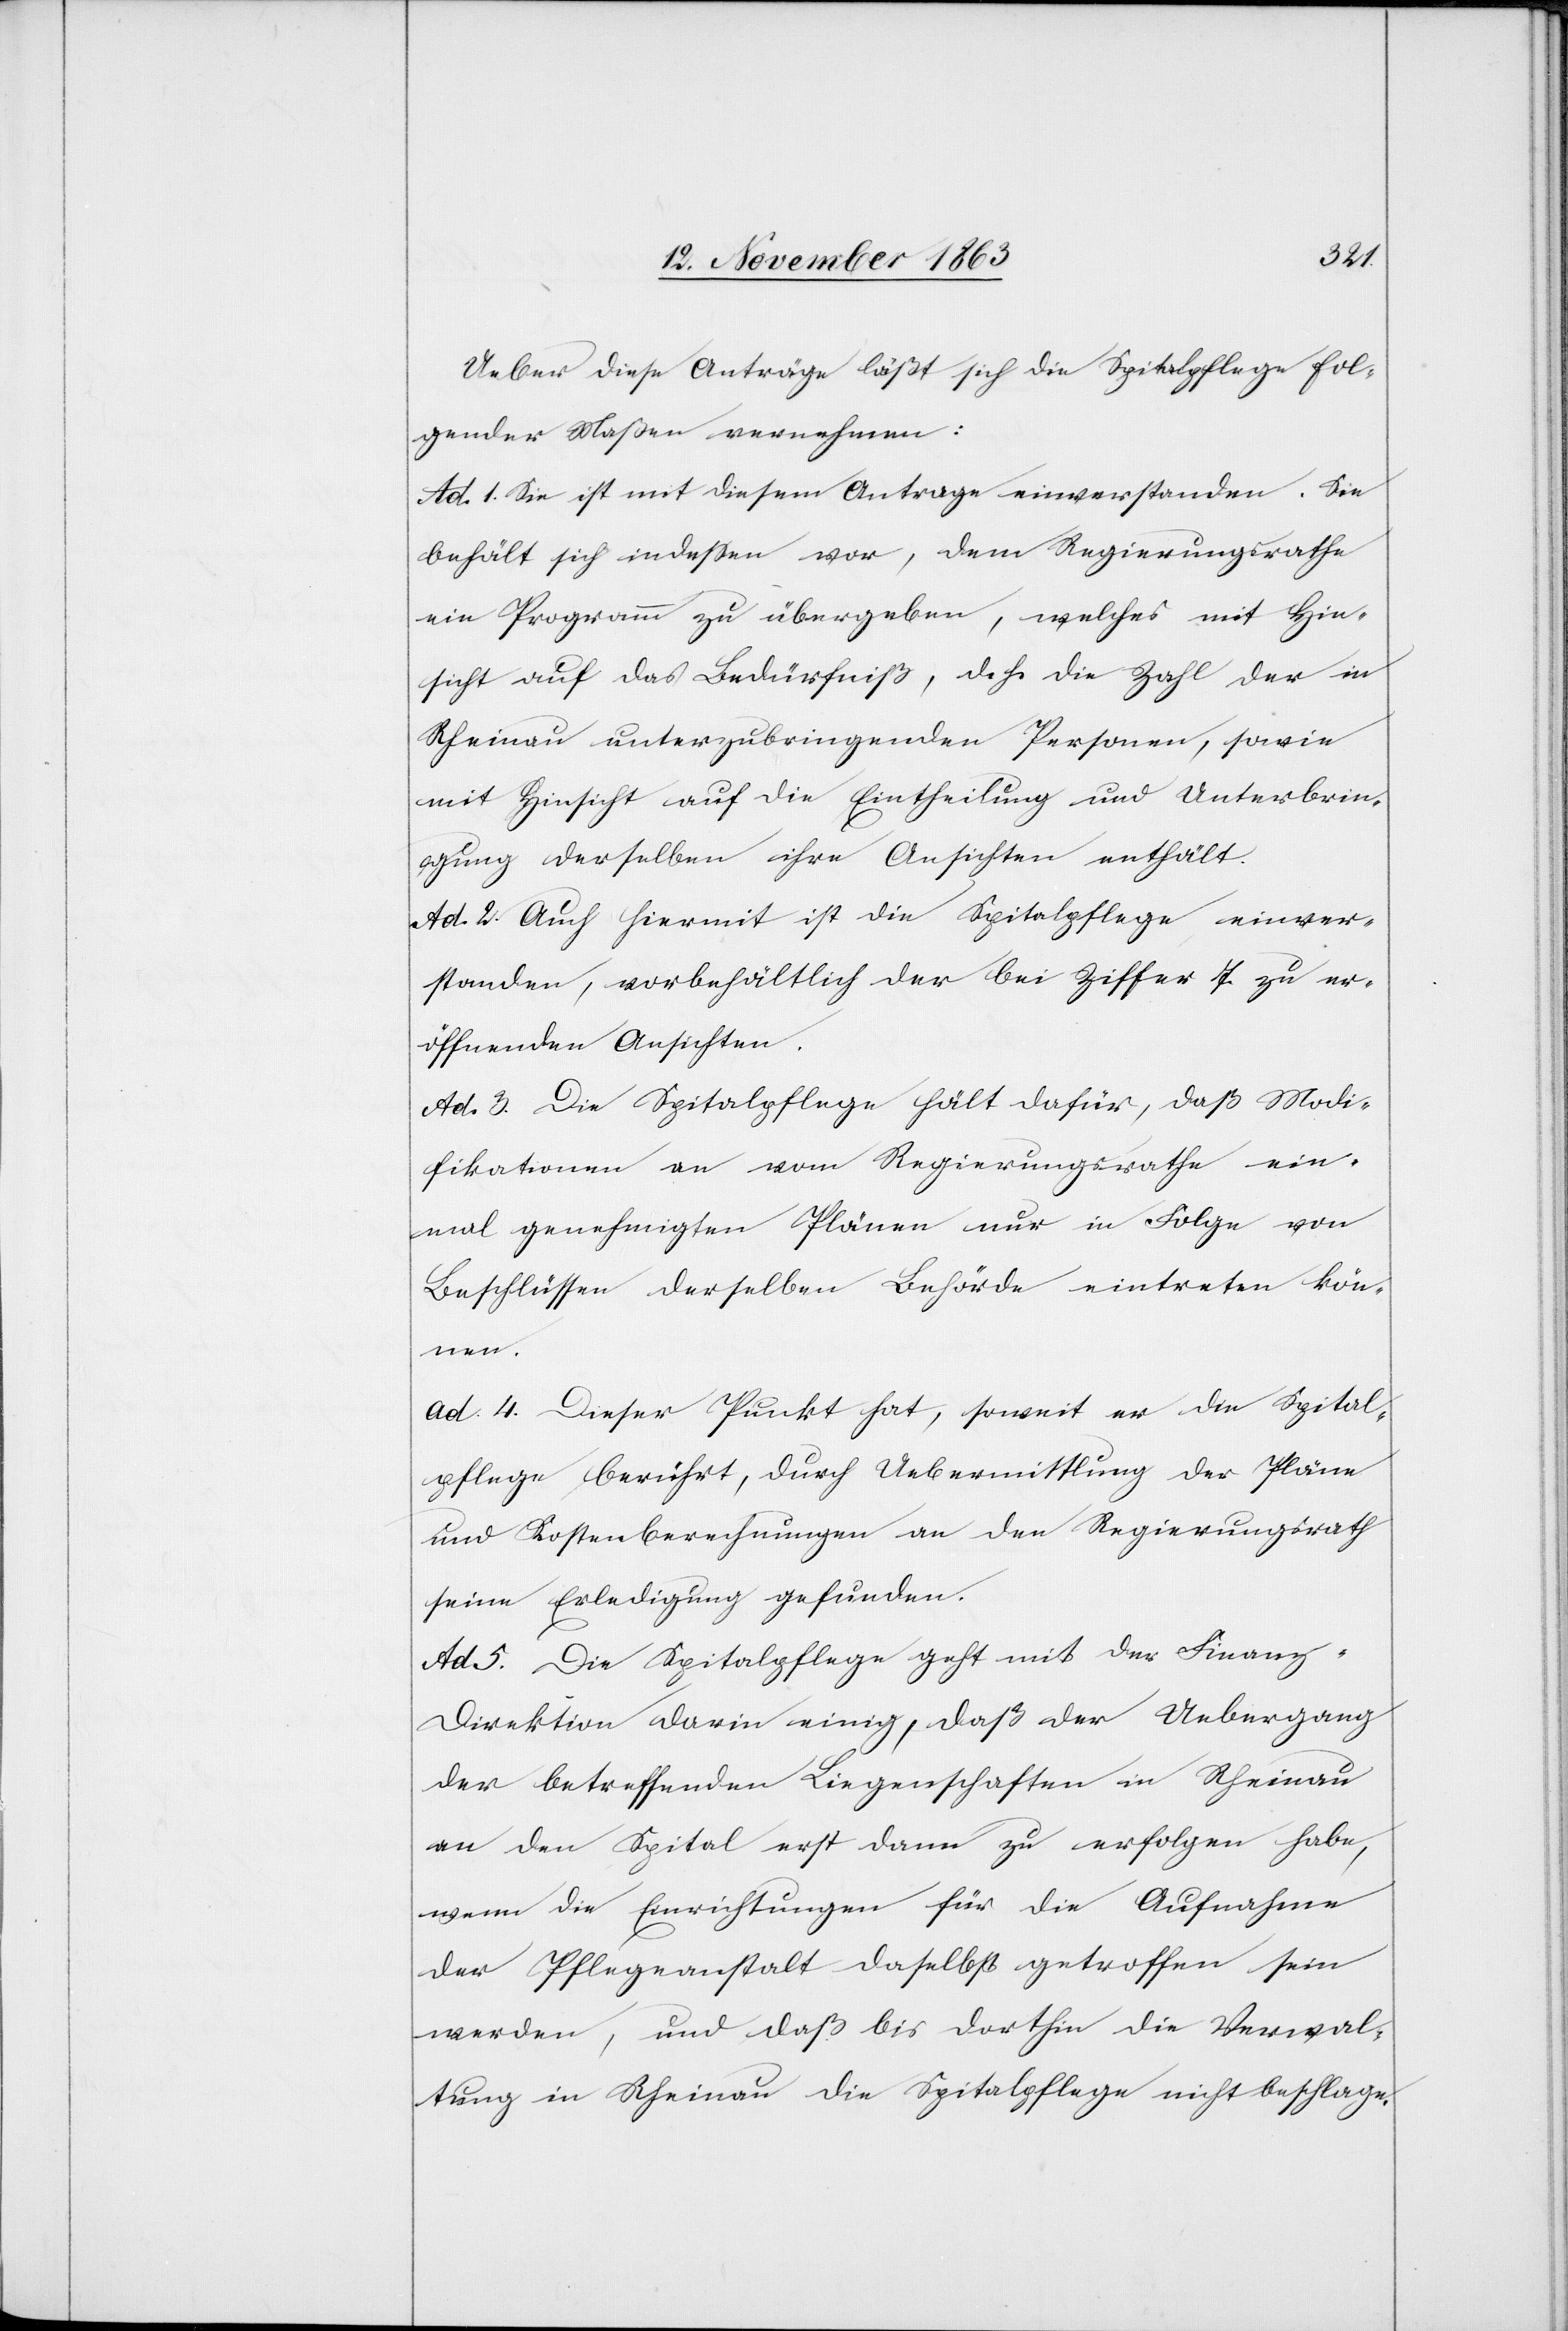
Ueber diese Anträge läßt sich die Spitalpflege fol¬
gender Maßen vernehmen:
Ad. 1. Sie ist mit diesem Antrage einverstanden. Sie
behält sich indessen vor, dem Regierungsrathe
ein Programm zu übergeben, welches mit Hin¬
sicht auf das Bedürfniß, d. h. die Zahl der in
Rheinau unterzubringenden Personen, sowie
mit Hinsicht auf die Eintheilung und Unterbrin¬
gung derselben ihre Ansichten enthält.
Ad. 2. Auch hiermit ist die Spitalpflege einver¬
standen, vorbehältlich der bei Ziffer 7 zu er¬
öffnenden Ansichten.
Ad. 3. Die Spitalpflege hält dafür, daß Modi¬
fikationen an vom Regierungsrathe ein¬
mal genehmigten Plänen nur in Folge von
Beschlüssen derselben Behörde eintreten kön¬
nen.
ad. 4. Dieser Punkt hat, soweit er die Spital¬
pflege berührt, durch Uebermittlung der Pläne
und Kostenberechnungen an den Regierungsrath
seine Erledigung gefunden.
Ad 5. Die Spitalpflege geht mit der Finanz-D¬
irektion darin einig, daß der Uebergang
der betreffenden Liegenschaften in Rheinau
an den Spital erst dann zu erfolgen habe,
wenn die Einrichtungen für die Aufnahme
der Pflegeanstalt daselbst getroffen sein
werden, und daß bis dorthin die Verwal¬
tung in Rheinau die Spitalpflege nicht beschlage.